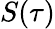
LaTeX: S(\tau)